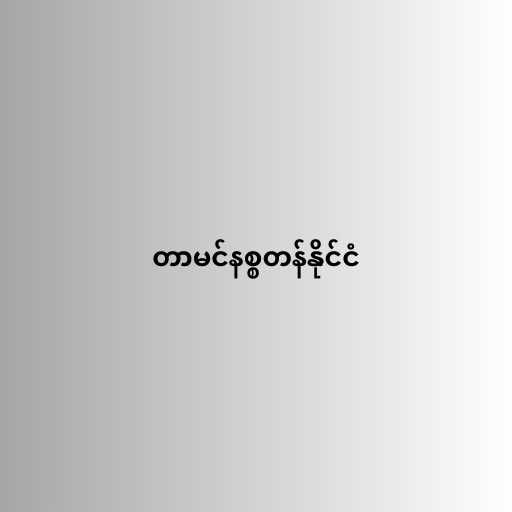
တာမင်နစ္စတန်နိုင်ငံ